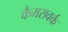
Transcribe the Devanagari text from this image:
कैमरावर्क